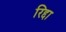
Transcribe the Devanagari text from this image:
रिद्दा